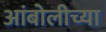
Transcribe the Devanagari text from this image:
आंबोलीच्या